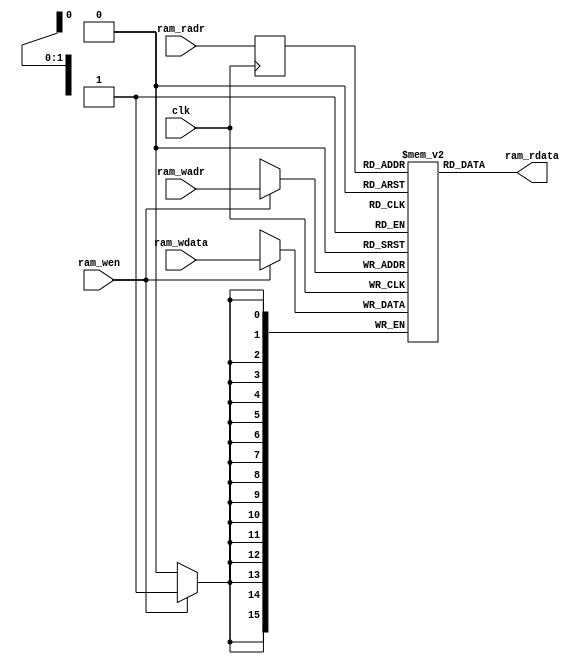
/*
 * My Systolic array
 *   ram for FIFO
 *    Verilog code
 * @auther      Yoshiki Kurokawa <yoshiki.k963@gmail.com>
 * @copylight   2023 Yoshiki Kurokawa
 * @license     https://opensource.org/licenses/MIT     MIT license
 * @version     0.1
 */

module fifo_1r1w(
	input clk,
	input [1:0] ram_radr,
	output [15:0] ram_rdata,
	input [1:0] ram_wadr,
	input [15:0] ram_wdata,
	input ram_wen
	);

// 16x4 1r1w RAM

reg[15:0] ram[0:3];
reg[1:0] radr;

always @ (posedge clk) begin
	if (ram_wen)
		ram[ram_wadr] <= ram_wdata;
	radr <= ram_radr;
end

assign ram_rdata = ram[radr];

endmodule